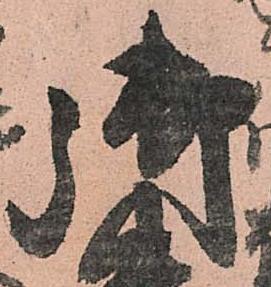
御